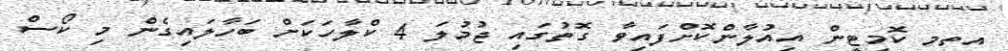
އތމ ކޮމިޓީން އިއުލާންކޮށްފައިވާ ގޮތުގައި ޖުމުލަ 4 ކްލާހަކަށް ބަހާލައިގެން މި ކޯސް